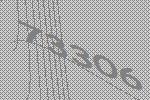
73306